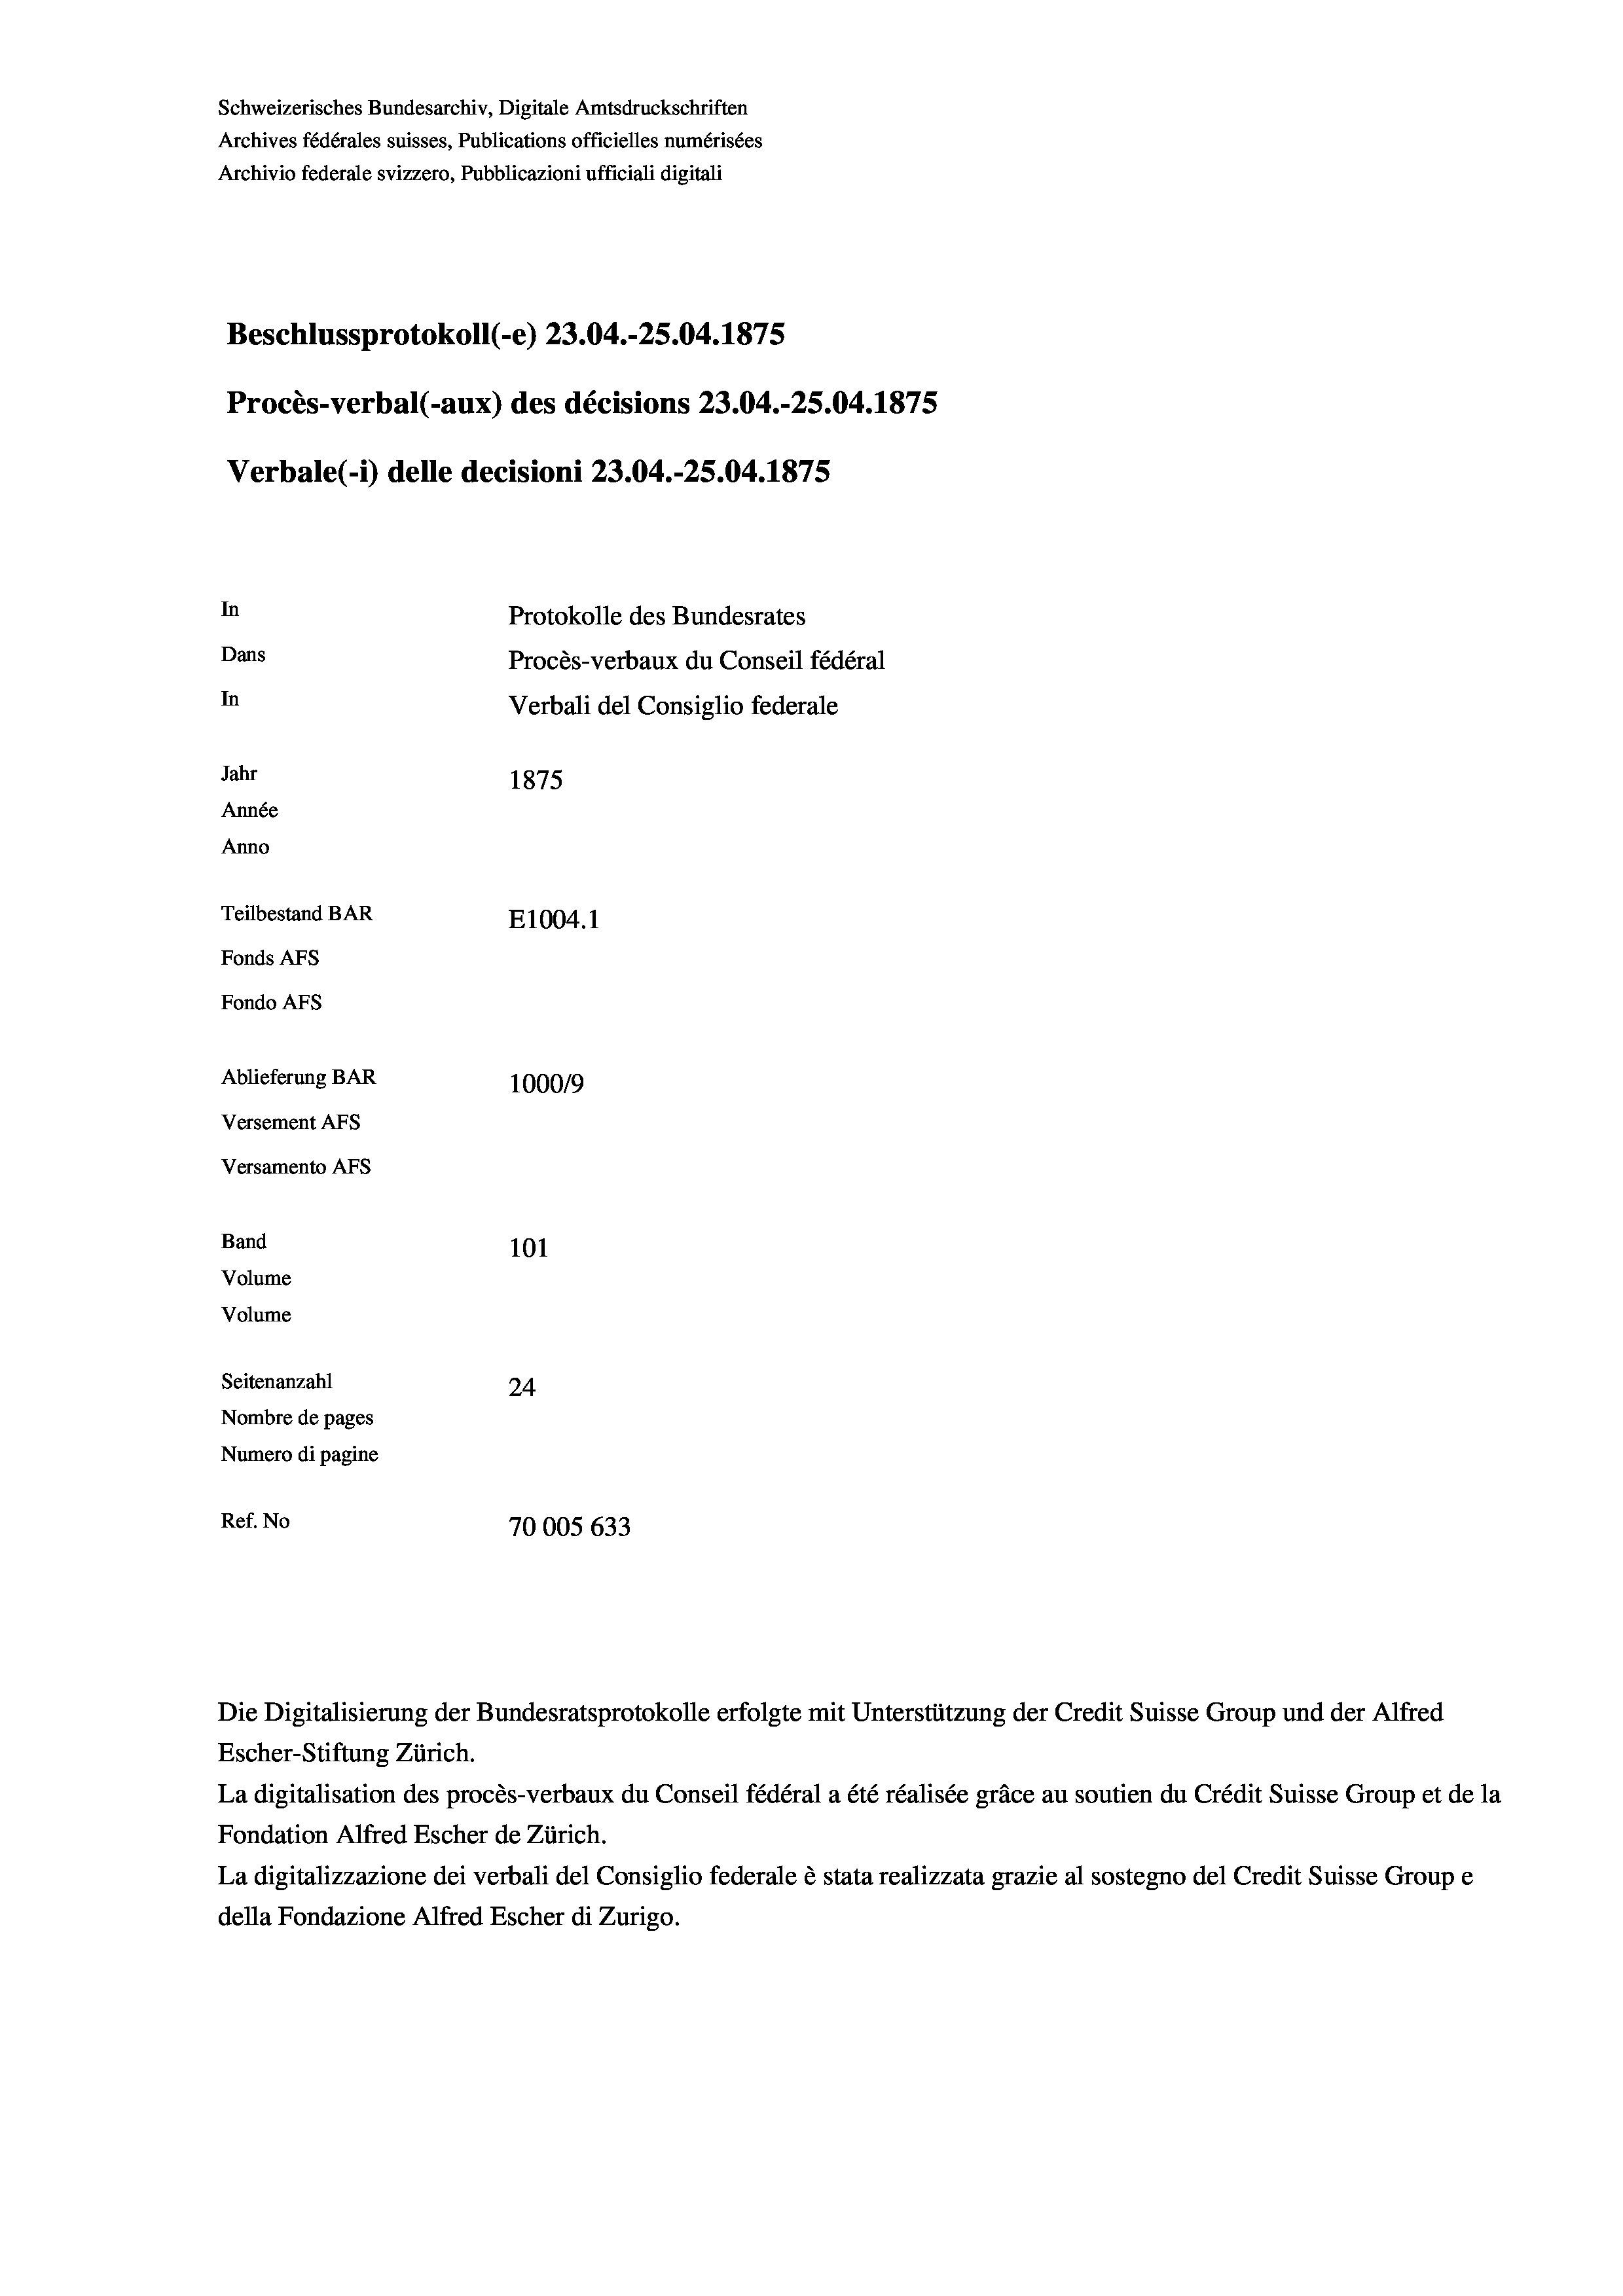
Schweizerisches Bundesarchiv, Digitale Amtsdruckschriften
Archives fédérales suisses, Publications officielles numérisées
Archivio federale svizzero, Pubblicazioni ufficiali digitali
Beschlussprotokoll (-e) 23.04.-25.04. 1875
Procès-verbal (-aux) des décisions 23.04.-25.04. 1875
Verbale(-*) delle decisioni 23.04.-25.04. 1875
In
Protokolle des Bundesrates
Dans
Procès-verbaux du Conseil fédéral
In
Verbali del Consiglio federale
Jahr
1875
Année
Anno
Teilbestand BAR
E1004.1
Fonds AFs
Fondo Afs
Ablieferung BAR
100019
Versement AFs
Versamento Afs
Band
101
Volume
Volume

Seitenanzahl
24
Nombre de pages
Numero di pagine
Ref. No
70005 633

Die Digitalisierung der Bundesratsprotokolle erfolgte mit Unterstützung der Credit Suisse Group und der Alfred
Escher-Stiftung Zürich.
La digitalisation des procès-verbaux du Conseil fédéral a été réalisée gräce au soutien du Crédit Suisse Group et de la
Fondation Alfred Escher de Zürich.
La digitalizzazione dei verbali del Consiglio federale è stata realizzata grazie al sostegno del Credit Suisse Groupe
della Fondazione Alfred Escher di Zurigo.